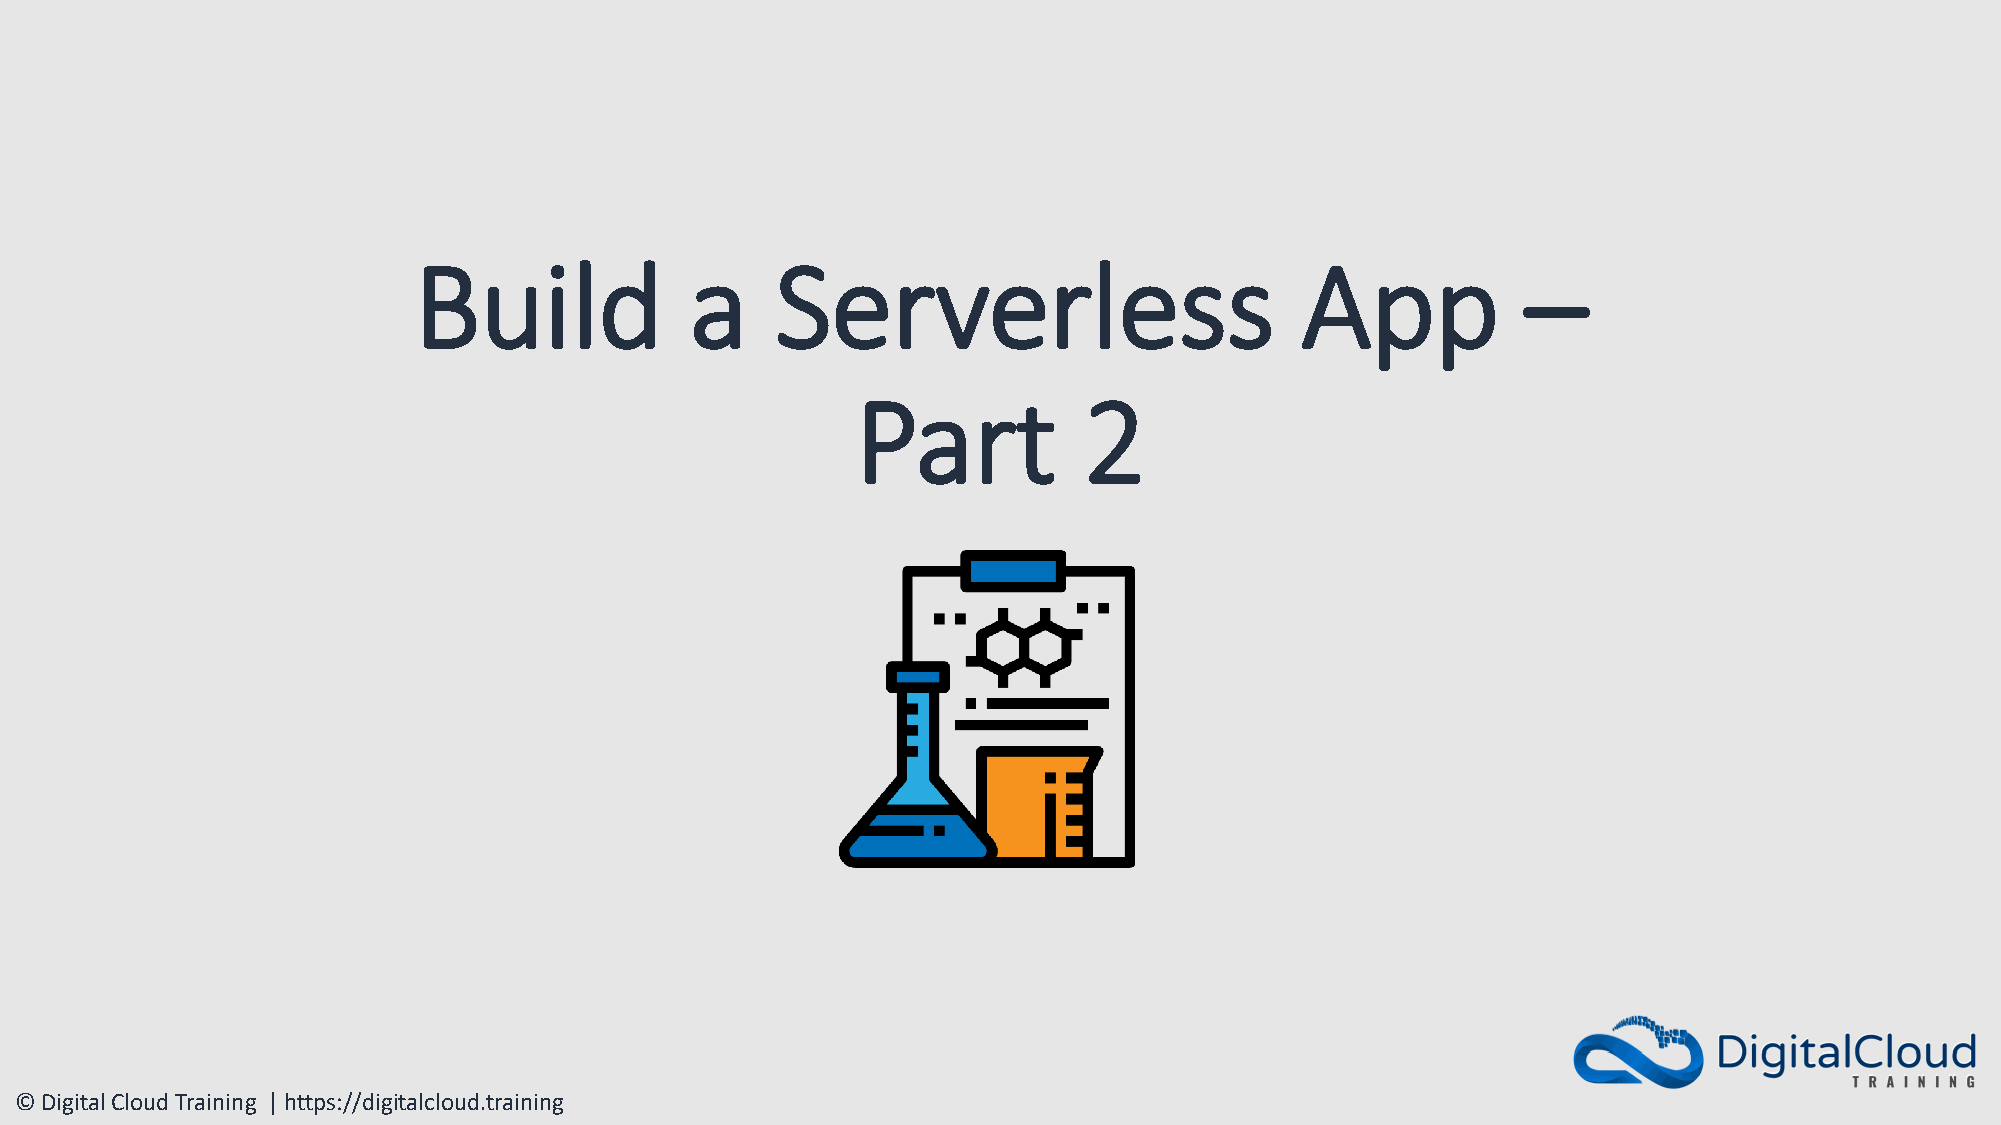
Build              a    Serverless                         App            –
 Part           2
 © Digital Cloud Training | https://digitalcloud.training